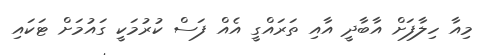
މިއާ ހިލާފަށް އާބާދީ އާއި ތަރައްގީ އެއް ފަސް ކުރުމަކީ ގައުމަށް ޓަކައި